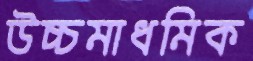
উচ্চমাধমিক